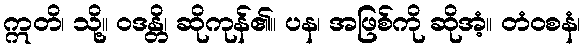
ဣတိ၊ သို့။ ဝဒန္တိ၊ ဆိုကုန်၏။ ပန၊ အဖြစ်ကို ဆိုအံ့။ တံဝစနံ၊